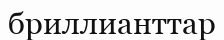
бриллианттар